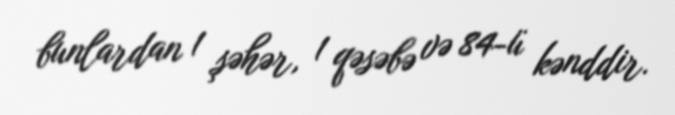
bunlardan 1 şəhər, 1 qəsəbə və 84-ü kənddir.